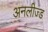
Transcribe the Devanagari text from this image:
अनलीज्ड